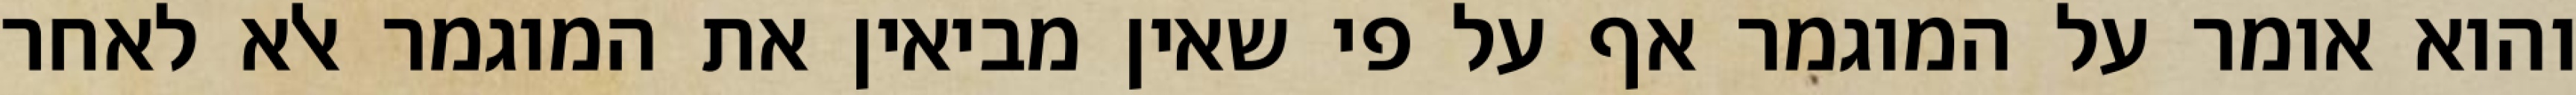
והוא אומר על המוגמר אף על פי שאין מביאין את המוגמר אלא לאחר